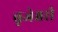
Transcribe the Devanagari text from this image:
बृजेश्वरी